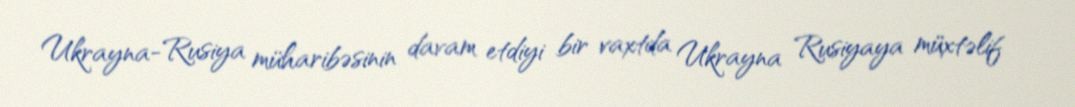
Ukrayna-Rusiya müharibəsinin davam etdiyi bir vaxtda Ukrayna Rusiyaya müxtəlif